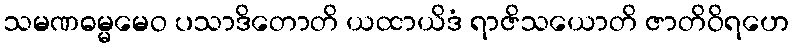
သမဏဓမ္မမေဝ ပသာဒိတောတိ ယထာယိဒံ ရာဇိသယောတိ ဇာတိဝိရဟေ